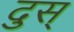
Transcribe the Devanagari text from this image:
दुस्